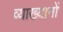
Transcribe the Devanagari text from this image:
व्‍याख्‍यानों